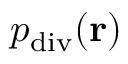
p _ { \mathrm { d i v } } ( \mathbf { r } )